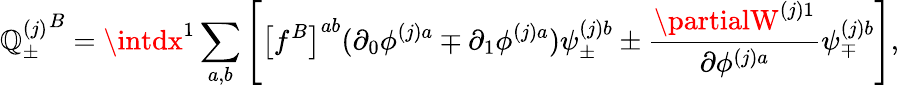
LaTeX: {\mathbb{Q}_{\pm}^{(j)}}^{B}=\intdx^{1}\sum_{a,b}\left[\left[f^{B}\right]^{ab}(\partial_{0}\phi^{(j)a}\mp\partial_{1}\phi^{(j)a})\psi_{\pm}^{(j)b}\pm\frac{{\partialW^{(j)1}}}{{\partial\phi^{(j)a}}}\psi_{\mp}^{(j)b}\right],